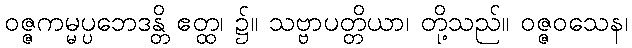
ဝဇ္ဇကမ္မပ္ပဘေဒန္တိ ဧတ္ထ၊ ၌။ သဗ္ဗာပတ္တိယာ၊ တို့သည်။ ဝဇ္ဇဝသေန၊